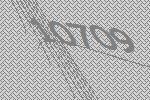
10709